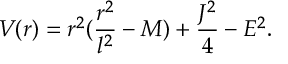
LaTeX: V ( r ) = r ^ { 2 } ( \frac { r ^ { 2 } } { l ^ { 2 } } - M ) + \frac { J ^ { 2 } } { 4 } - E ^ { 2 } .